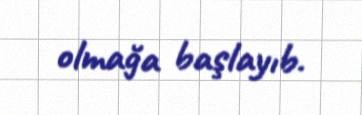
olmağa başlayıb.